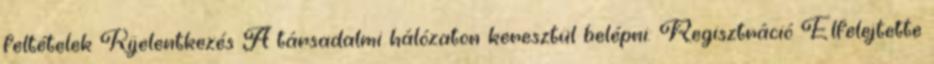
feltételek Kijelentkezés A társadalmi hálózaton keresztül belépni: Regisztráció Elfelejtette